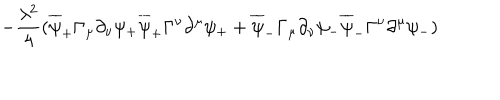
LaTeX: - { \frac { \lambda ^ { 2 } } { 4 } } ( \overline { { { \psi } } } _ { + } \Gamma _ { \mu } \partial _ { \nu } \psi _ { + } \overline { { { \psi } } } _ { + } \Gamma ^ { \nu } \partial ^ { \mu } \psi _ { + } + \overline { { { \psi } } } _ { - } \Gamma _ { \mu } \partial _ { \nu } \psi _ { - } \overline { { { \psi } } } _ { - } \Gamma ^ { \nu } \partial ^ { \mu } \psi _ { - } )